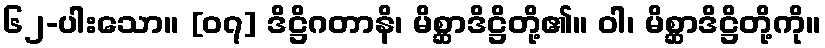
၆၂-ပါးသော။ [၀၇] ဒိဋ္ဌိဂတာနိ၊ မိစ္ဆာဒိဋ္ဌိတို့၏။ ဝါ၊ မိစ္ဆာဒိဋ္ဌိတို့ကို။